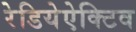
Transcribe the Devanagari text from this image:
रेडियेऐक्टिव